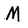
Character: M